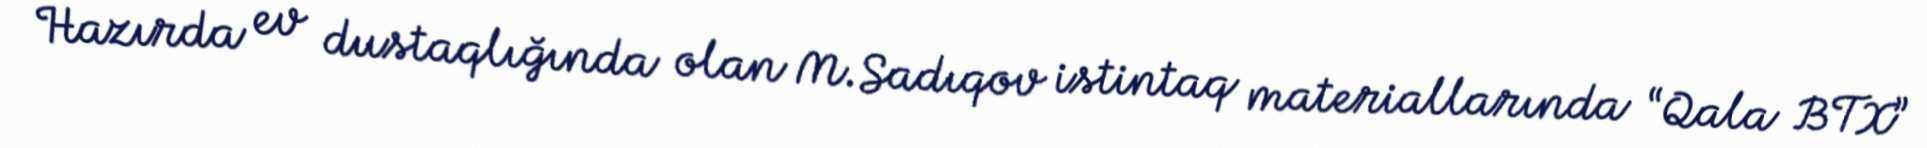
Hazırda ev dustaqlığında olan M.Sadıqov istintaq materiallarında “Qala BTX”